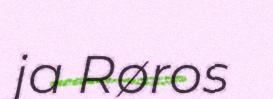
ja Røros